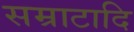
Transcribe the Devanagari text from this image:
सम्राटादि